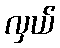
လှယ်